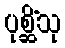
ပုစ္ဆိံသု